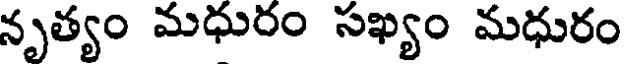
నృత్యం మధురం సఖ్యం మధురం